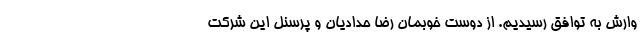
وارش به توافق رسیدیم. از دوست خوبمان رضا حدادیان و پرسنل این شرکت